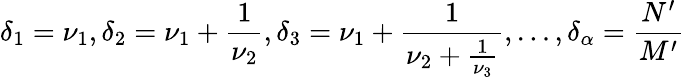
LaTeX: \delta_{1}=\nu_{1},\delta_{2}=\nu_{1}+\frac{1}{\nu_{2}},\delta_{3}=\nu_{1}+\frac{1}{\nu_{2}+\frac{1}{\nu_{3}}},\dots,\delta_{\alpha}=\frac{N^{\prime}}{M^{\prime}}